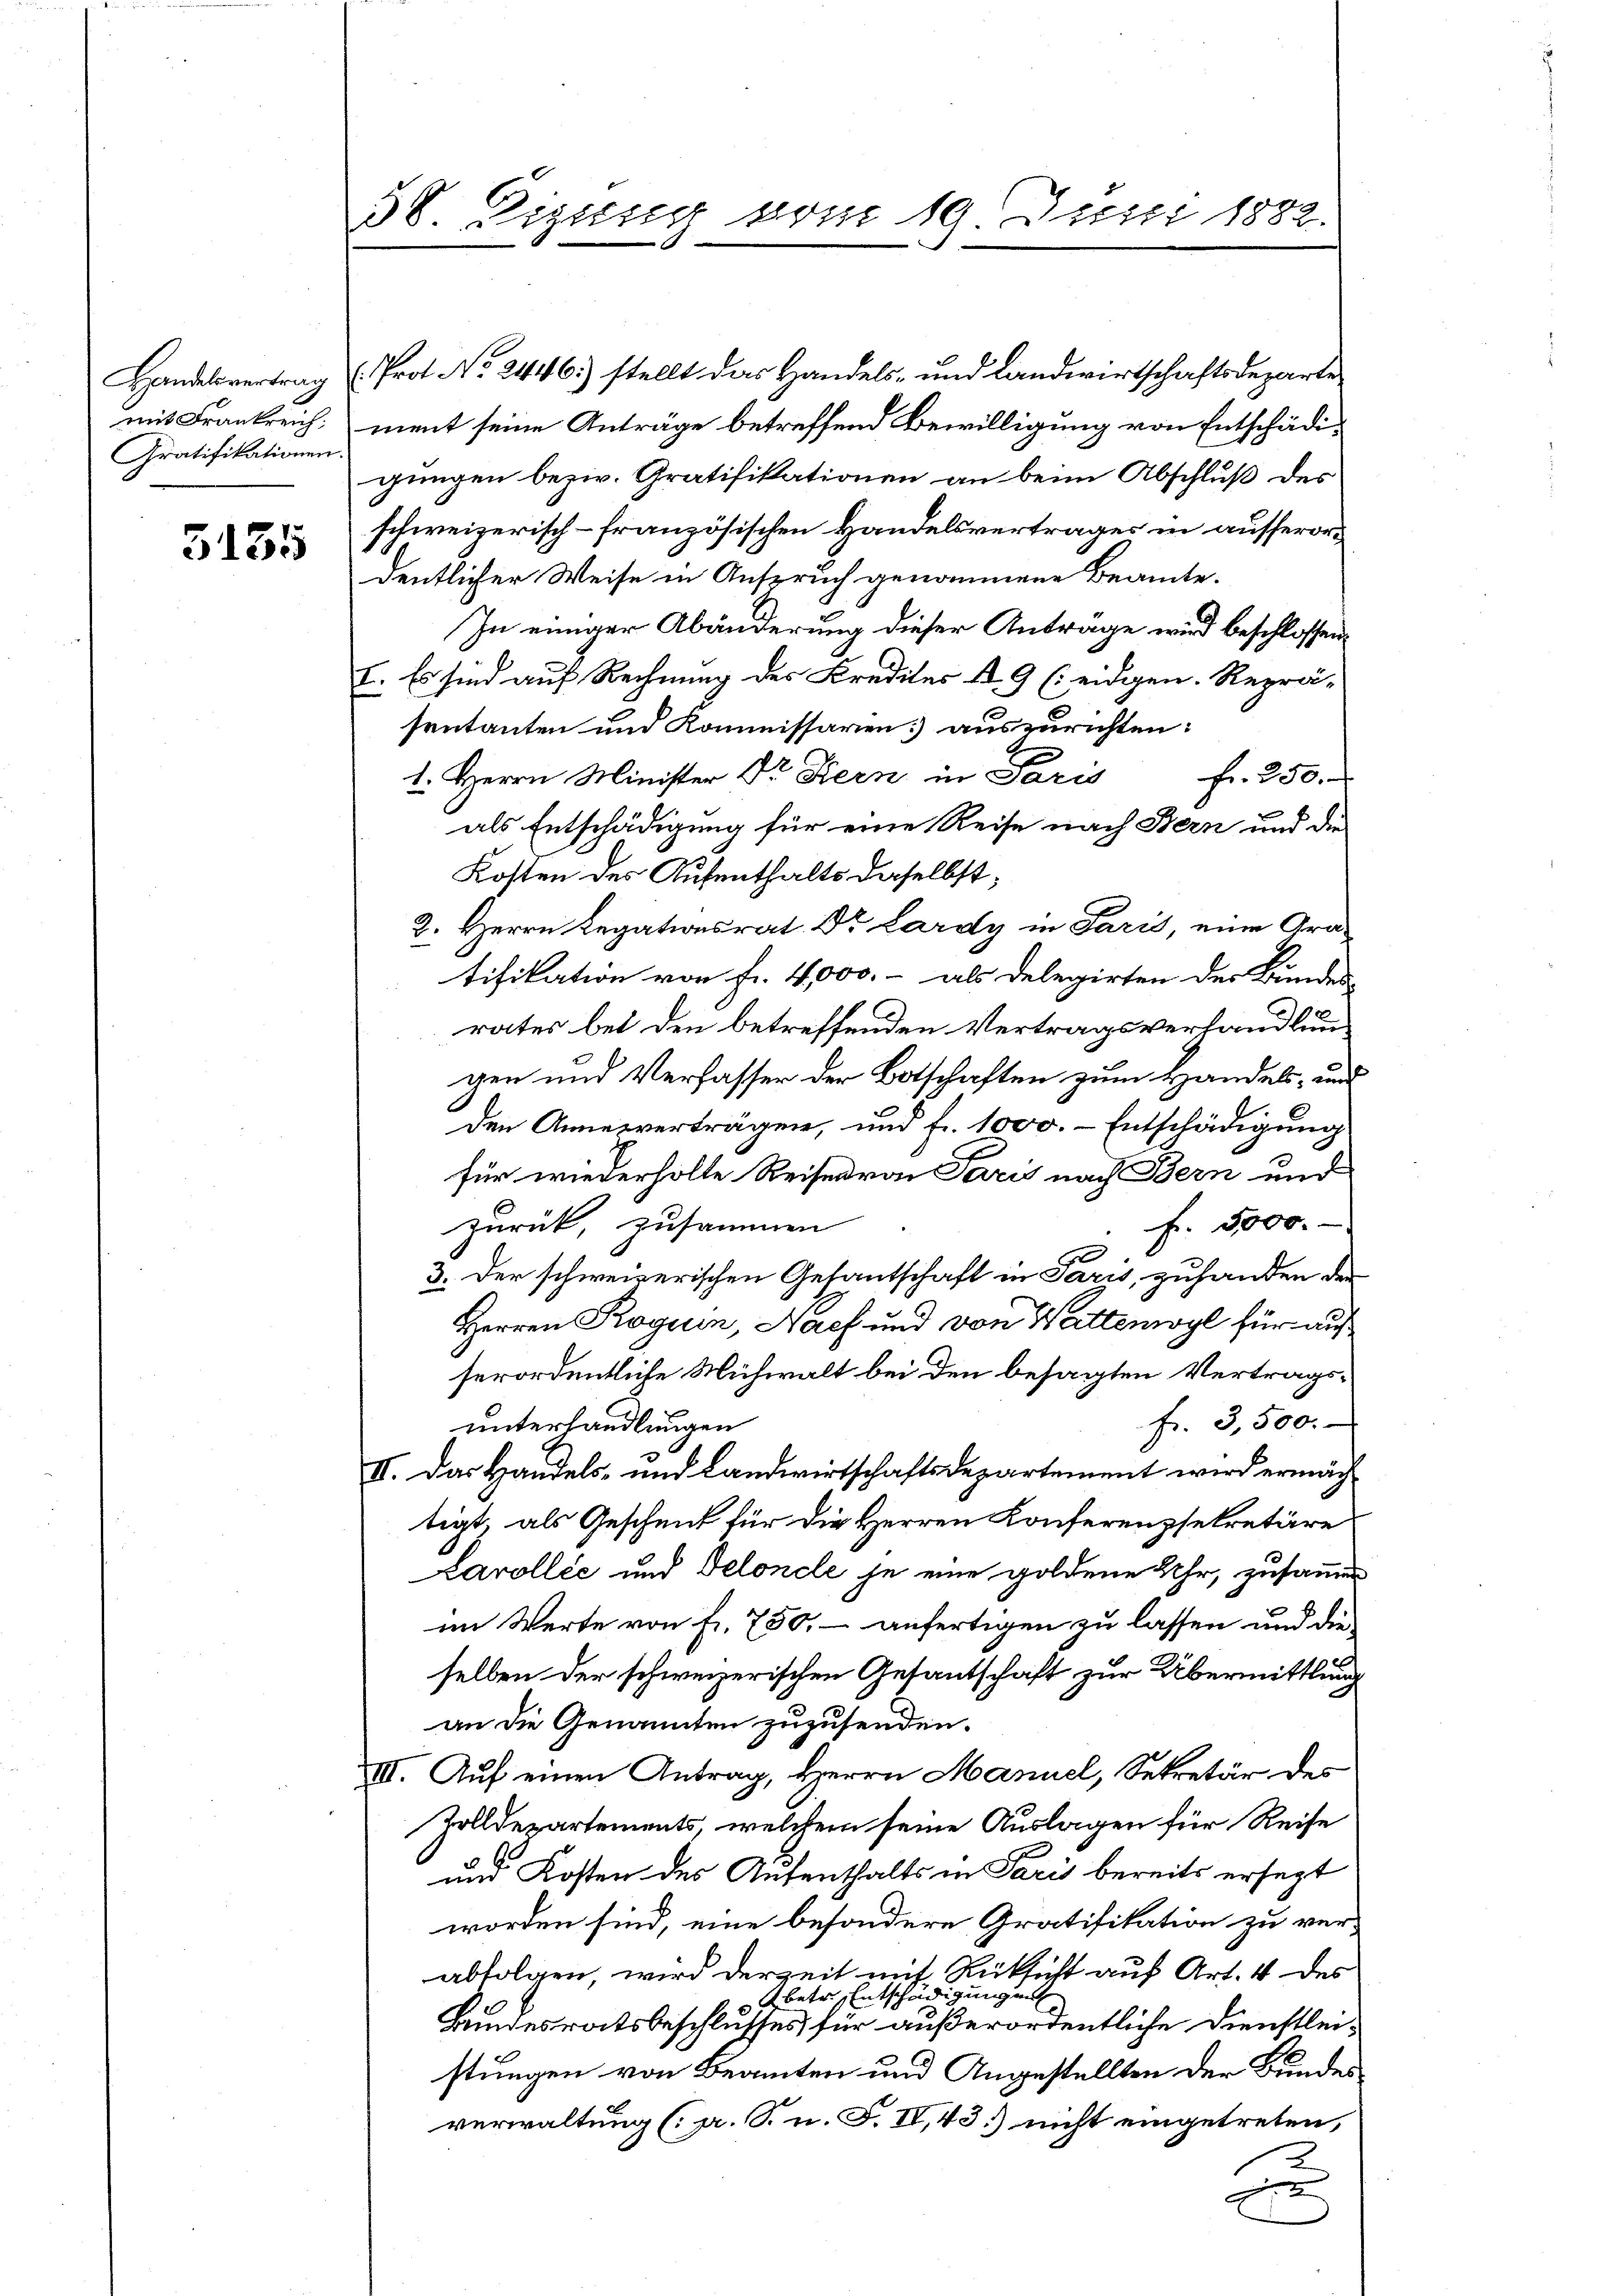
mit Frankreich;
Gratifikationen.

5135

58 Dizusig vom 19 Juni 1882.

Handelsvertrag . Prot. No. 2446) stellt das Handels- und Landwirtschaftsdeparte
ment seine Anträge betreffend Bewilligung von Entschädigungen bezw. Gratifikationen an beim Abschluß des
schweizerisch-französischen Handelsvertrages in ausserordentlicher Weise in Anspruch genommene Beamte.
In einiger Abänderung dieser Anträge wird beschlossen
I. Es sind auf Rechnung des Kredites u. 9 ( eidgen. Reprä-
sentanten und Kommissarien auszurichten:
1. Herrn Minister Dr. Kern in Paris fr. 250.
als Entschädigung für eine Reise nach Bern und die
Kosten des Aufenthalts daselbst;
2. Herrn Legationsrat Dr. Lardy in Paris, eine Gratifikation von Fr. 4,000.- als Delegirten des Bundes-
rates bei den betreffenden Vertragsverhandlung
gen und Verfasser der Botschaften zum Handels- und
den Annesverträgen, und fr. 1000. Entschädigung
für wiederholte Reise von Paris nach Bern und
fr. 5000.
zurück, zusammen
3. Der schweizerischen Gesantschaft in Paris, zuhanden den
Herren Roguin, Nach und von Wattenwyl für auf
serordentliche Mühwalt bei den besagten Vertragsfr. 3,500.
unterhandlungen
II. Das Handels- und Landwirtschaftsdepartement wird ermächtigt, als Geschenk für die Herren Konferenzsekretäre
Carollić und Delonele je eine goldene Uhr, zusammen
im Werte von fr. 750.- anfertigen zu lassen und die
selben der schweizerischen Gesantschaft zur Übermittlung
an die Genannten zuzusenden.
XII. Auf einen Antrag, Herrn Manuel, Sekretär des
Zolldepartements, welchem seine Auslagen für Reise
und Kosten des Aufenthalts in Paris bereits ersezt
worden sind, eine besondere Gratifikation zu verabfolgen, wird derzeit mit Rücksicht auf Art. 4 des
betr, Entschädigungen
Bundesratsbeschlusses für außerordentliche Dienstlei-
stungen von Beamten und Angestellten der Bundes
verwaltung (s. S. n. F. IV, 43) nicht eingetreten,
2
x